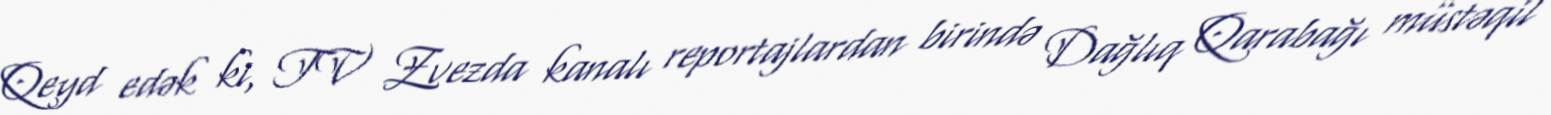
Qeyd edək ki, TV Zvezda kanalı reportajlardan birində Dağlıq Qarabağı müstəqil